Indian journal of veterinary science and animal husbandry - Volume 7,
Year: 1937
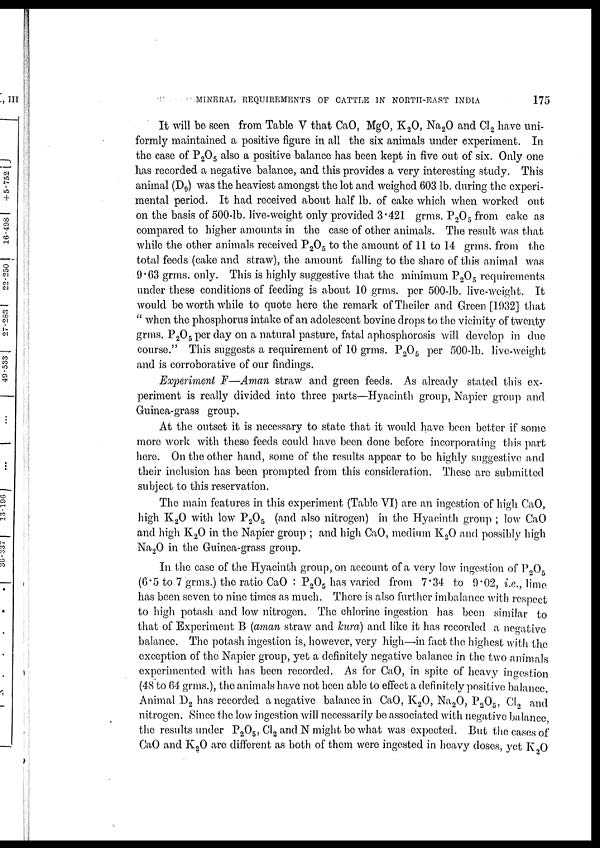
MINERAL REQUIREMENTS OF CATTLE IN NORTH-EAST INDIA
175
It will be seen from Table V that CaO, MgO, K 2 O, Na 2 O and C1 2 have uni-
formly maintained a positive figure in all the six animals under experiment. In
the case of P2O5 also a positive balance has been kept in five out of six. Only one
has recorded a negative balance, and this provides a very interesting study. This
animal (D 9 ) was the heaviest amongst the lot and weighed 603 lb. during the experi-
mental period. It had received about half lb. of cake which when worked out
on the basis of 500-lb. live-weight only provided 3.421 grms. P2O5 from cake as
compared to higher amounts in the case of other animals. The result was that
while the other animals received P2O5 to the amount of 11 to 14 grms. from the
total feeds (cake and straw), the amount falling to the share of this animal was
9.63 grms. only. This is highly suggestive that the minimum P2O5 requirements
under these conditions of feeding is about 10 grms. per 500-lb. live-weight. It
would be worth while to quote here the remark of Theiler and Green [1932] that
" when the phosphorus intake of an adolescent bovine drops to the vicinity of twenty
grms. P2O5 per day on a natural pasture, fatal aphosphorosis will develop in due
course." This suggests a requirement of 10 grms. P2O5 per 500-lb. live-weight
and is corroborative of our findings.
Experiment F—Aman straw and green feeds. As already stated this ex-
periment is really divided into three parts—Hyacinth group, Napier group and
Guinea-grass group.
At the outset it is necessary to state that it would have been better if some
more work with these feeds could have been done before incorporating this part
here. On the other hand, some of the results appear to be highly suggestive and
their inclusion has been prompted from this consideration. These are submitted
subject to this reservation.
The main features in this experiment (Table VI) are an ingestion of high CaO,
high K 2 O with low P2O5 (and also nitrogen) in the Hyacinth group ; low CaO
and high K 2 O in the Napier group ; and high CaO, medium K 2 O and possibly high
Na 2 O in the Guinea-grass group.
In the case of the Hyacinth group, on account of a very low ingestion of P2O5
(6.5 to 7 grms.) the ratio CaO P 2 O 5 has varied from 7.34 to 9.02, i.e., lime
has been seven to nine times as much. There is also further imbalance with respect
to high potash and low nitrogen. The chlorine ingestion has been similar to
that of Experiment B (aman straw and kura) and like it has recorded a negative
balance. The potash ingestion is, however, very high—in fact the highest with the
exception of the Napier group, yet a definitely negative balance in the two animals
experimented with has been recorded. As for CaO, in spite of heavy ingestion
(48 to 64 grms.), the animals have not been able to effect a definitely positive balance.
Animal D 2 has recorded a negative balance in CaO, K 2 O, Na 2 O, P 2 O 5 , CI 2 and
nitrogen. Since the low ingestion will necessarily be associated with negative balance
the results under P 2 O 5 , Cl 2 and N might be what was expected. But the cases of
CaO and K 2 O are different as both of them were ingested in heavy doses, yet K 2 O